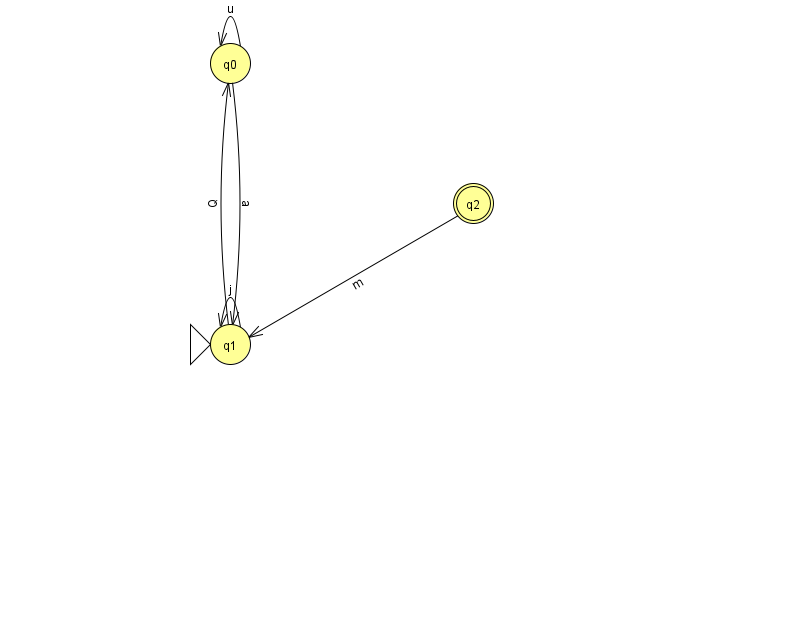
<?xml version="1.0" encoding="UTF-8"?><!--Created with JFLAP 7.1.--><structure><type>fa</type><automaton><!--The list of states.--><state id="0" name="q0"><x>230.0</x><y>50.0</y></state><state id="1" name="q1"><x>230.0</x><y>331.0</y><initial/></state><state id="2" name="q2"><x>473.0</x><y>190.0</y><final/></state><!--The list of transitions.--><transition><from>0</from><to>0</to><read>u</read></transition><transition><from>0</from><to>1</to><read>a</read></transition><transition><from>1</from><to>0</to><read>Q</read></transition><transition><from>2</from><to>1</to><read>m</read></transition><transition><from>1</from><to>1</to><read>j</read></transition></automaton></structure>